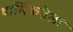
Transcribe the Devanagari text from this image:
धार्मिकतेला